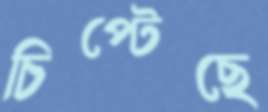
চিপ্‌টেছে